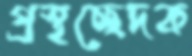
প্রস্থচ্ছেদক